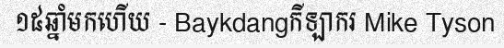
១៥ឆ្នាំមកហើយ - Baykdangកីឡាករ Mike Tyson